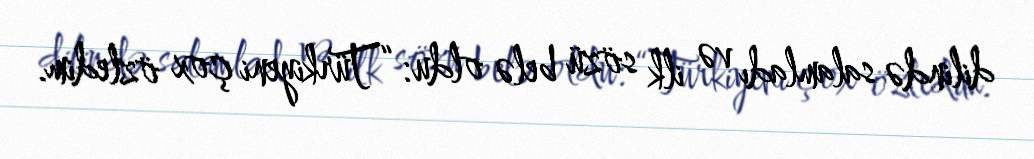
dilində salamladı və ilk sözü belə oldu: “Türkiyeni çox özledim.